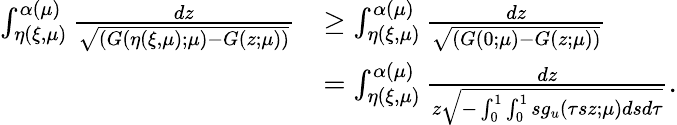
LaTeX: \begin{array}{rl}{\int_{\eta(\xi,\mu)}^{\alpha(\mu)}\frac{dz}{\sqrt{(G({\eta(\xi,\mu)};\mu)-G(z;\mu))}}}&{\ge\int_{\eta(\xi,\mu)}^{\alpha(\mu)}\frac{dz}{\sqrt{(G(0;\mu)-G(z;\mu))}}}\\ &{=\int_{\eta(\xi,\mu)}^{\alpha(\mu)}\frac{dz}{z\sqrt{-\int_{0}^{1}\int_{0}^{1}s{g}_{u}(\tau sz;\mu)dsd\tau}}.}\end{array}